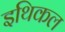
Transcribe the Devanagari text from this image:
इथिकल